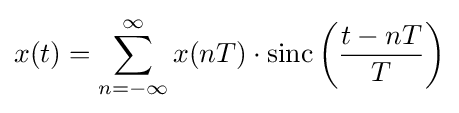
x(t)=\sum _{n=-\infty }^{\infty }x(nT)\cdot \mathrm {sinc} \left({\frac {t-nT}{T}}\right)